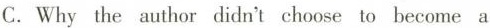
C. Why the author didn't choose to hecome a